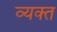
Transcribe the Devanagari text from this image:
व्‍यक्‍त